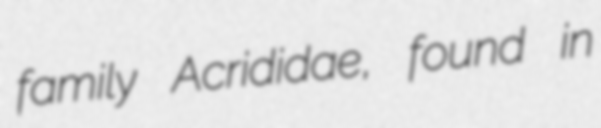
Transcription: family Acrididae, found in